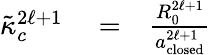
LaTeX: \begin{array}{rlr}{\tilde{\kappa}_{c}^{2\ell+1}}&{{}=}&{\frac{R_{0}^{2\ell+1}}{a_{\mathrm{closed}}^{2\ell+1}}}\end{array}